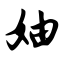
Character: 妯